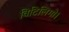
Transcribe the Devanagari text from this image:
विटिलिगो।